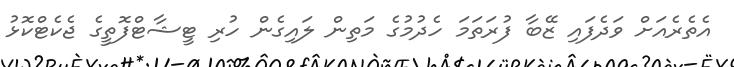
އެތެރެއަށް ވަދެފައި ޒޭބާ ފުރަތަމަ ހެދުމުގެ މަތިން ލައިގެން ހުރި ޓީޝާޓްފޮތީގެ ޖެކެޓްކޮޅު